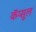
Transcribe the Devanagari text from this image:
कॅप्सूल